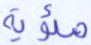
مئوية